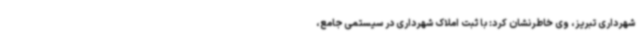
شهرداری تبریز، وی خاطرنشان کرد: با ثبت املاک شهرداری در سیستمی جامع،